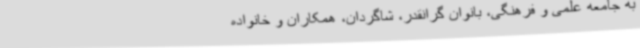
به جامعه علمی و فرهنگی، بانوان گرانقدر، شاگردان، همکاران و خانواده